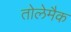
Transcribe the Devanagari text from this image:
तोलेमैक